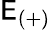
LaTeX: \mathsf{E}_{(+)}